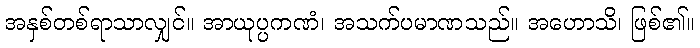
အနှစ်တစ်ရာသာလျှင်။ အာယုပ္ပကဏံ၊ အသက်ပမာဏသည်။ အဟောသိ၊ ဖြစ်၏။